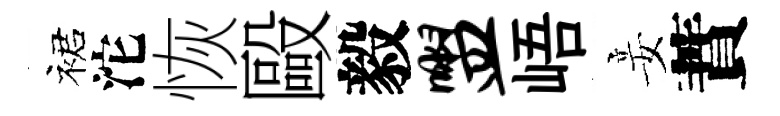
裙沱恢毆毅盥峿妾蕡